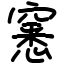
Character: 窸